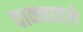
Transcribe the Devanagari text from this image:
वाक्यातले